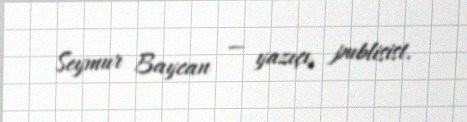
Seymur Baycan — yazıçı, publisist.